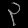
Digit: ၃